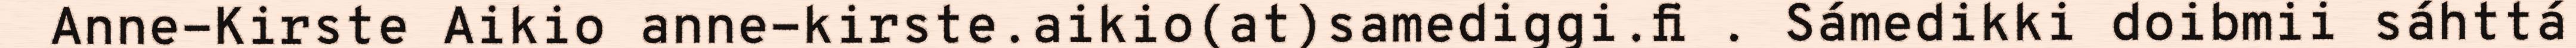
Anne-Kirste Aikio anne-kirste.aikio(at)samediggi.fi . Sámedikki doibmii sáhttá